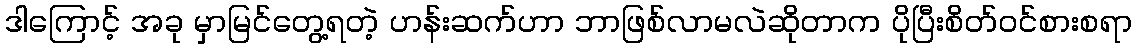
ဒါကြောင့် အခု မှာမြင်တွေ့ရတဲ့ ဟန်းဆက်ဟာ ဘာဖြစ်လာမလဲဆိုတာက ပိုပြီးစိတ်ဝင်စားစရာ